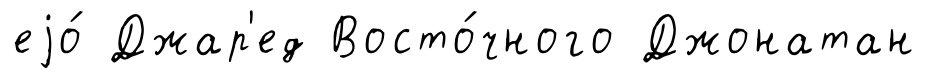
еjо́ Джар'ед Восто́чного Джонатан